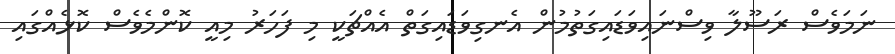
ނަމަވެސް ރަސޫލާ ވިސްނައިވަޑައިގަތުމުން އެނގިވަޑައިގަތް އެއްޗަކީ މި ފަހަރު މިއީ ކޮންމެވެސް ކޮޅެއްގައި